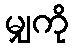
မျှကို